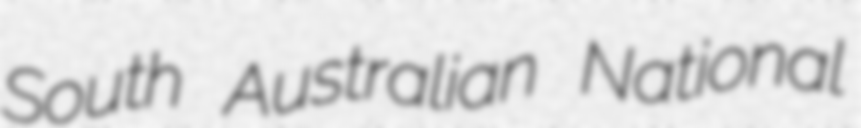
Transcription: South Australian National